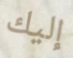
إليك